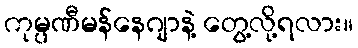
ကုမ္ပဏီမန်နေဂျာနဲ့ တွေ့လို့ရလား။